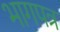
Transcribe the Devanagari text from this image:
भागपत्र